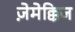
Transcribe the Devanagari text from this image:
ज़ेमेक्किज